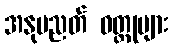
အနုပညတ် ဝတ္ထုများ